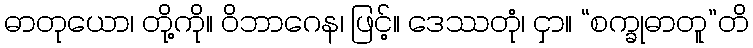
ဓာတုယော၊ တို့ကို။ ဝိဘာဂေန၊ ဖြင့်။ ဒေဿတုံ၊ ငှာ။ “စက္ခုဓာတူ”တိ